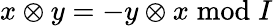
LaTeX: x\otimes y=-y\otimes x{\bmod{I}}